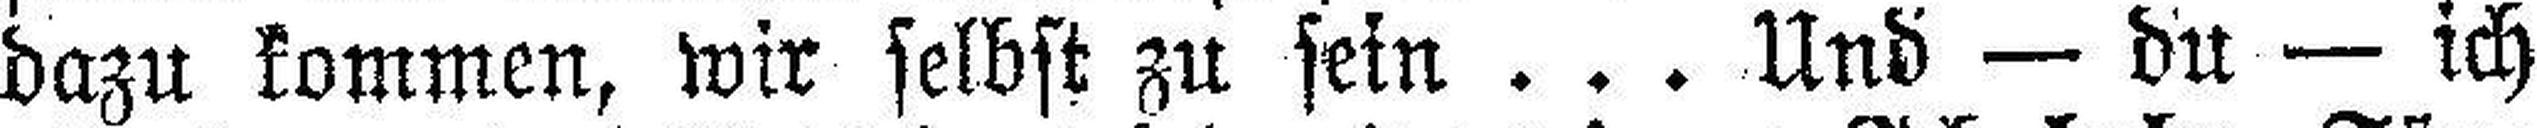
dazu kommen, wir selbst zu sein . . . Und — du — ich